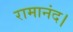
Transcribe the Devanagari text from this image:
रामानंद।